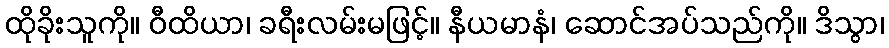
ထိုခိုးသူကို။ ဝီထိယာ၊ ခရီးလမ်းမဖြင့်။ နီယမာနံ၊ ဆောင်အပ်သည်ကို။ ဒိသွာ၊